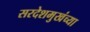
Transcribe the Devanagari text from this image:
सरदेशमुखंच्या